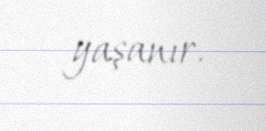
yaşanır.